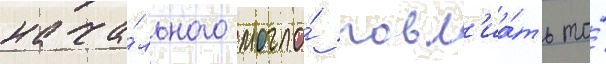
нача́льного могло́ повл'иа́ть то́